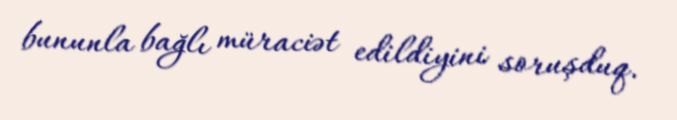
bununla bağlı müraciət edildiyini soruşduq.